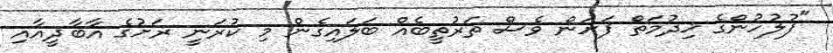
"ފުލުހުންގެ ޚިދުމަތް ފަށަން ވެސް ތަރުތީބެއް ބަލައިގެން މި ކުރަނީ ރަށުގެ އާބާދީއާއި